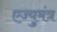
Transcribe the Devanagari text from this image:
एज्युमंत्र